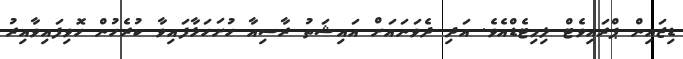
ޑިޒައިން ޕްރައިވެޓް ލިމިޓެޑްއެވެ. އަދި ދެވަނައަށް އައިޝަތު ރާސިއާ ހުށަހަޅާފައިވާ ކުރެހުން ހޮވިފައިވާއިރު